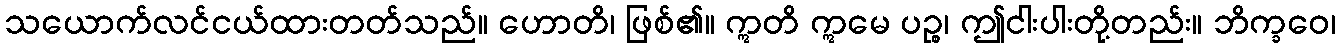
သယောက်လင်ငယ်ထားတတ်သည်။ ဟောတိ၊ ဖြစ်၏။ ဣတိ ဣမေ ပဉ္စ၊ ဤငါးပါးတို့တည်း။ ဘိက္ခဝေ၊